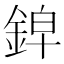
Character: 𰼱